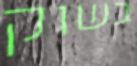
בשוק